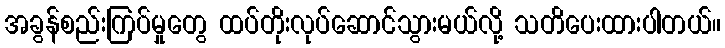
အခွန်စည်းကြပ်မှုတွေ ထပ်တိုးလုပ်ဆောင်သွားမယ်လို့ သတိပေးထားပါတယ်။